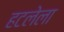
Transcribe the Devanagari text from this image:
हटलेला